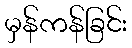
မှန်ကန်ခြင်း